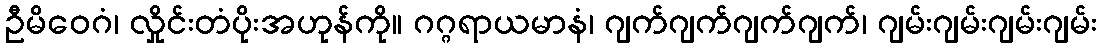
ဦမိဝေဂံ၊ လှိုင်းတံပိုးအဟုန်ကို။ ဂဂ္ဂရာယမာနံ၊ ဂျက်ဂျက်ဂျက်ဂျက်၊ ဂျမ်းဂျမ်းဂျမ်းဂျမ်း